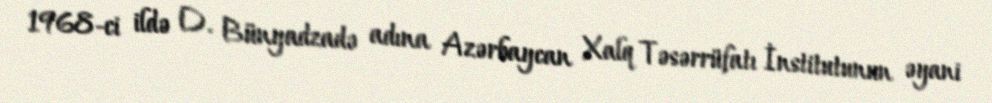
1968-ci ildə D. Bünyadzadə adına Azərbaycan Xalq Təsərrüfatı İnstitutunun əyani